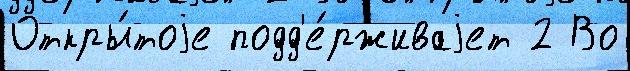
Откры́тоjе подд'е́рживаjет 2 Во